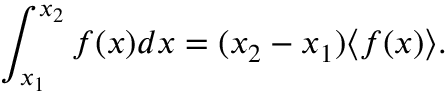
\int _ { x _ { 1 } } ^ { x _ { 2 } } f ( x ) d x = ( x _ { 2 } - x _ { 1 } ) \langle f ( x ) \rangle .